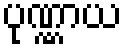
ပုဏ္ဏာယ